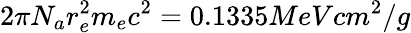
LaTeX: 2\pi N_{a}r_{e}^{2}m_{e}c^{2}=0.1335MeVcm^{2}/g